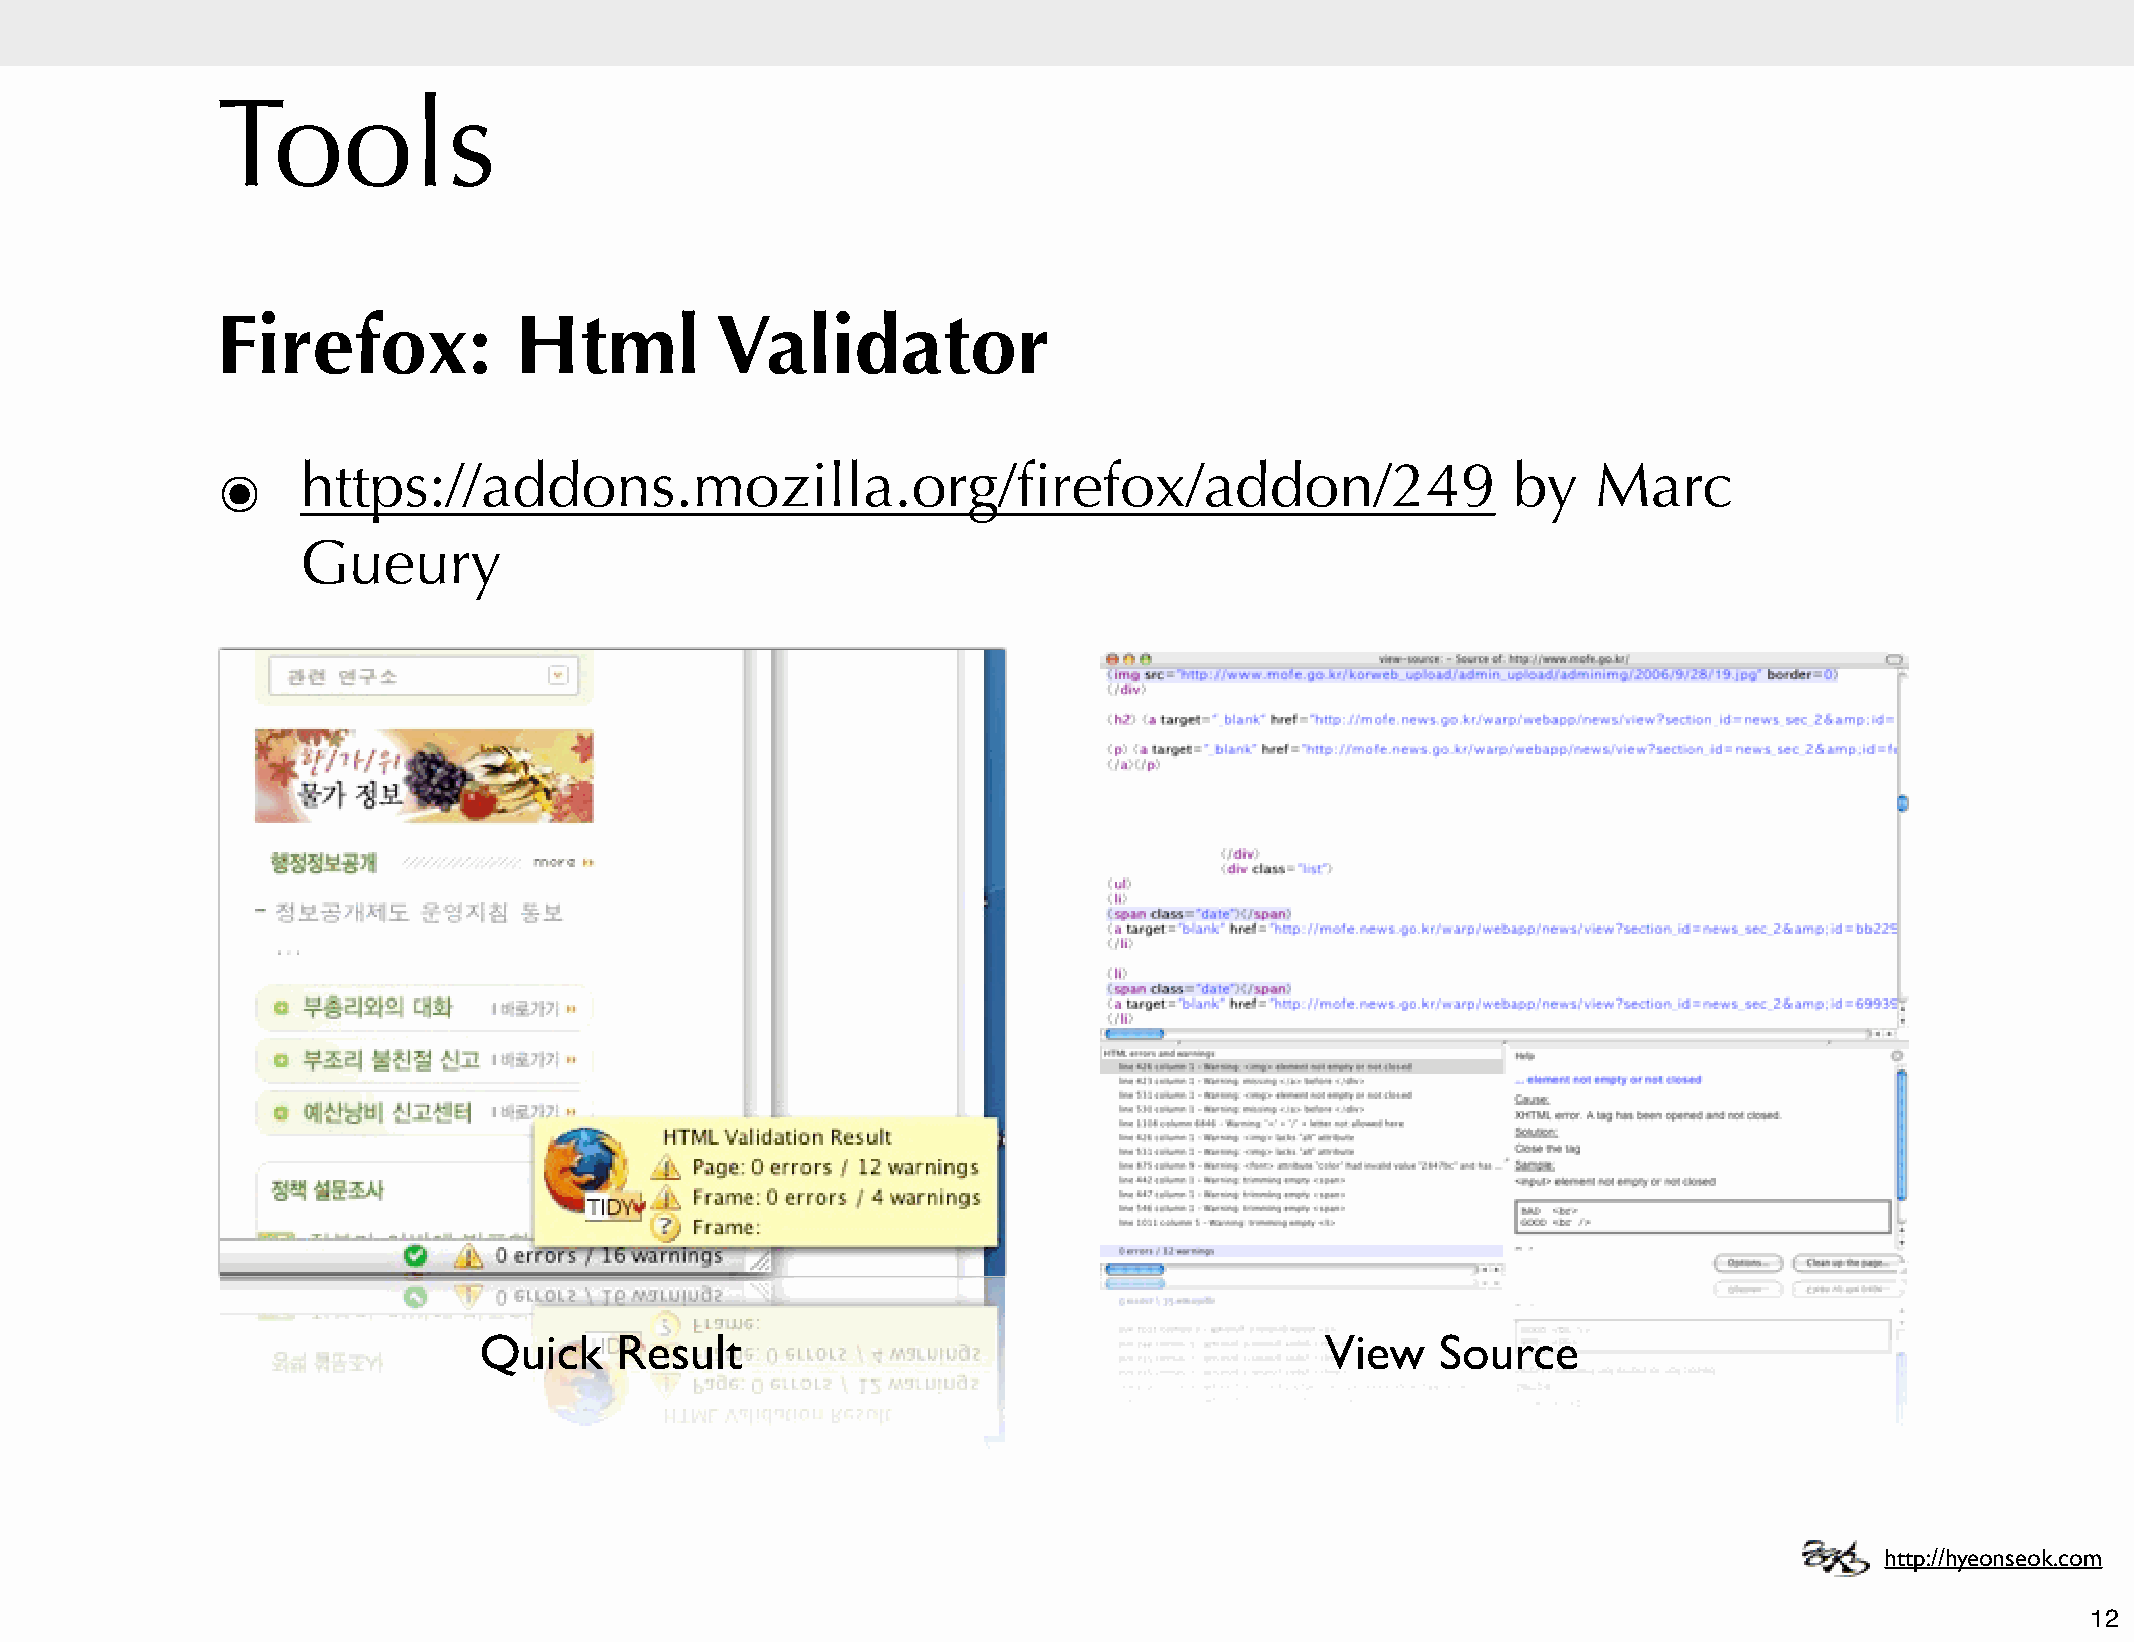
Tools
 Firefox:            Html         Validator
 ๏     https://addons.mozilla.org/firefox/addon/249                                    by    Marc
 Gueury
 Quick    Result                                         View   Source
 http://hyeonseok.com
 12